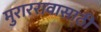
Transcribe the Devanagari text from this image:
मुराररावासाठी